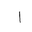
Letter: _alif